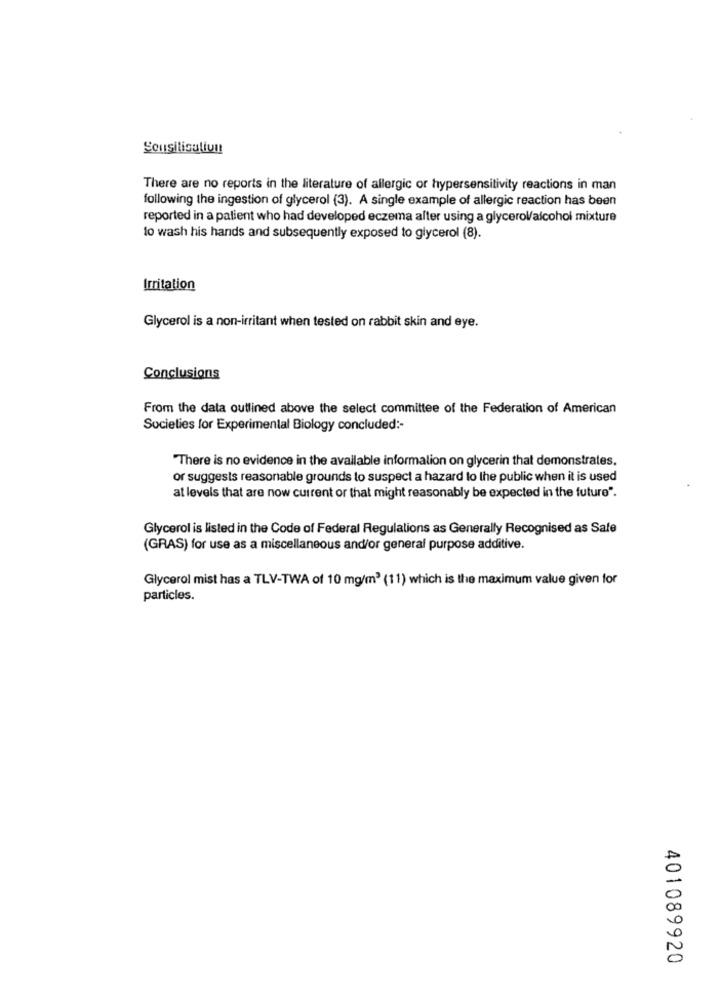
Sousiticuliun
There are no reports in the literature of allergic or hypersensitivity reactions in man
following the ingestion of glycerol (3). A single example of allergic reaction has been
reported in a patient who had developed eczema after using a glycerol/alcohol mixture
to wash his hands and subsequently exposed to glycerol (8).
Irritation
Glycerol is a non-irritant when tested on rabbit skin and eye.
Conclusions
From the data outlined above the select committee of the Federation of American
Societies for Experimental Biology concluded :-
There is no evidence in the available information on glycerin that demonstrates.
or suggests reasonable grounds to suspect a hazard to the public when it is used
at levels that are now current or that might reasonably be expected in the future".
Glycerol is listed in the Code of Federal Regulations as Generally Recognised as Safe
(GRAS) for use as a miscellaneous and/or general purpose additive.
Glycerol mist has a TLV-TWA of 10 mg/m3 (11) which is the maximum value given for
particles.
401089920